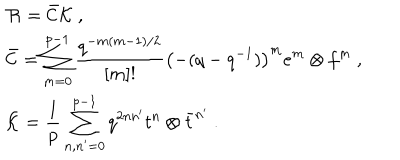
\begin{array} { r c l } { { } } & { { } } & { { { \cal R } = \bar { \cal C } { \cal K } ~ , } } \\ { { } } & { { } } & { { \bar { \cal C } = \displaystyle \sum _ { m = 0 } ^ { p - 1 } \frac { q ^ { - m ( m - 1 ) / 2 } } { [ m ] ! } \left( - ( q - q ^ { - 1 } ) \right) ^ { m } e ^ { m } \otimes f ^ { m } ~ , } } \\ { { } } & { { } } & { { { \cal K } = \displaystyle \frac { 1 } { p } \sum _ { n , n ^ { \prime } = 0 } ^ { p - 1 } q ^ { 2 n n ^ { \prime } } t ^ { n } \otimes \bar { t } ^ { n ^ { \prime } } ~ . } } \\ \end{array}